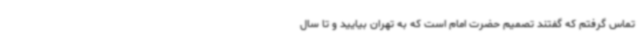
تماس گرفتم که گفتند تصمیم حضرت امام است که به تهران بیایید و تا سال